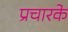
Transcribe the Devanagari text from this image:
प्रचारके